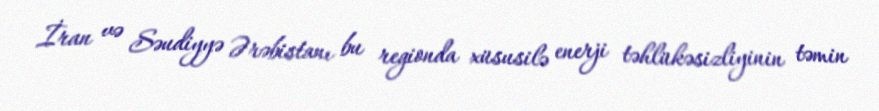
İran və Səudiyyə Ərəbistanı bu regionda xüsusilə enerji təhlükəsizliyinin təmin